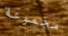
مجموعة